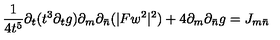
\frac { 1 } { 4 t ^ { 5 } } \partial _ { t } ( t ^ { 3 } \partial _ { t } g ) \partial _ { m } \partial _ { \bar { n } } ( | F w ^ { 2 } | ^ { 2 } ) + 4 \partial _ { m } \partial _ { \bar { n } } g = J _ { m \bar { n } }